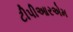
ટીપીઆરએમ